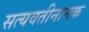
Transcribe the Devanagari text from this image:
सत्यवतीनामक